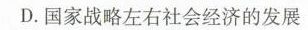
D.国家战略左右社会经济的发展